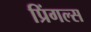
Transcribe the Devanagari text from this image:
प्रिंगल्स